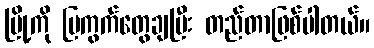
မြို့ကို ပြကွက်တွေချပြီး တည်တာဖြစ်ပါတယ်။